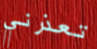
تعذرني